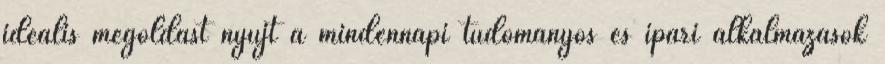
ideális megoldást nyújt a mindennapi tudományos és ipari alkalmazások